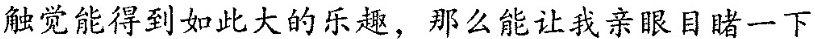
触觉能得到如此大的乐趣，那么能让我亲目睹一下